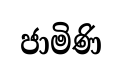
ජාමිණි